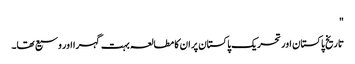
"
تاریخ پاکستان اور تحریک پاکستان پر ان کا مطالعہ بہت گہرا اور وسیع تھا۔